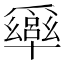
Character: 𠧎